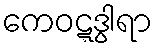
ကေဝဋ္ဋဒွါရာ